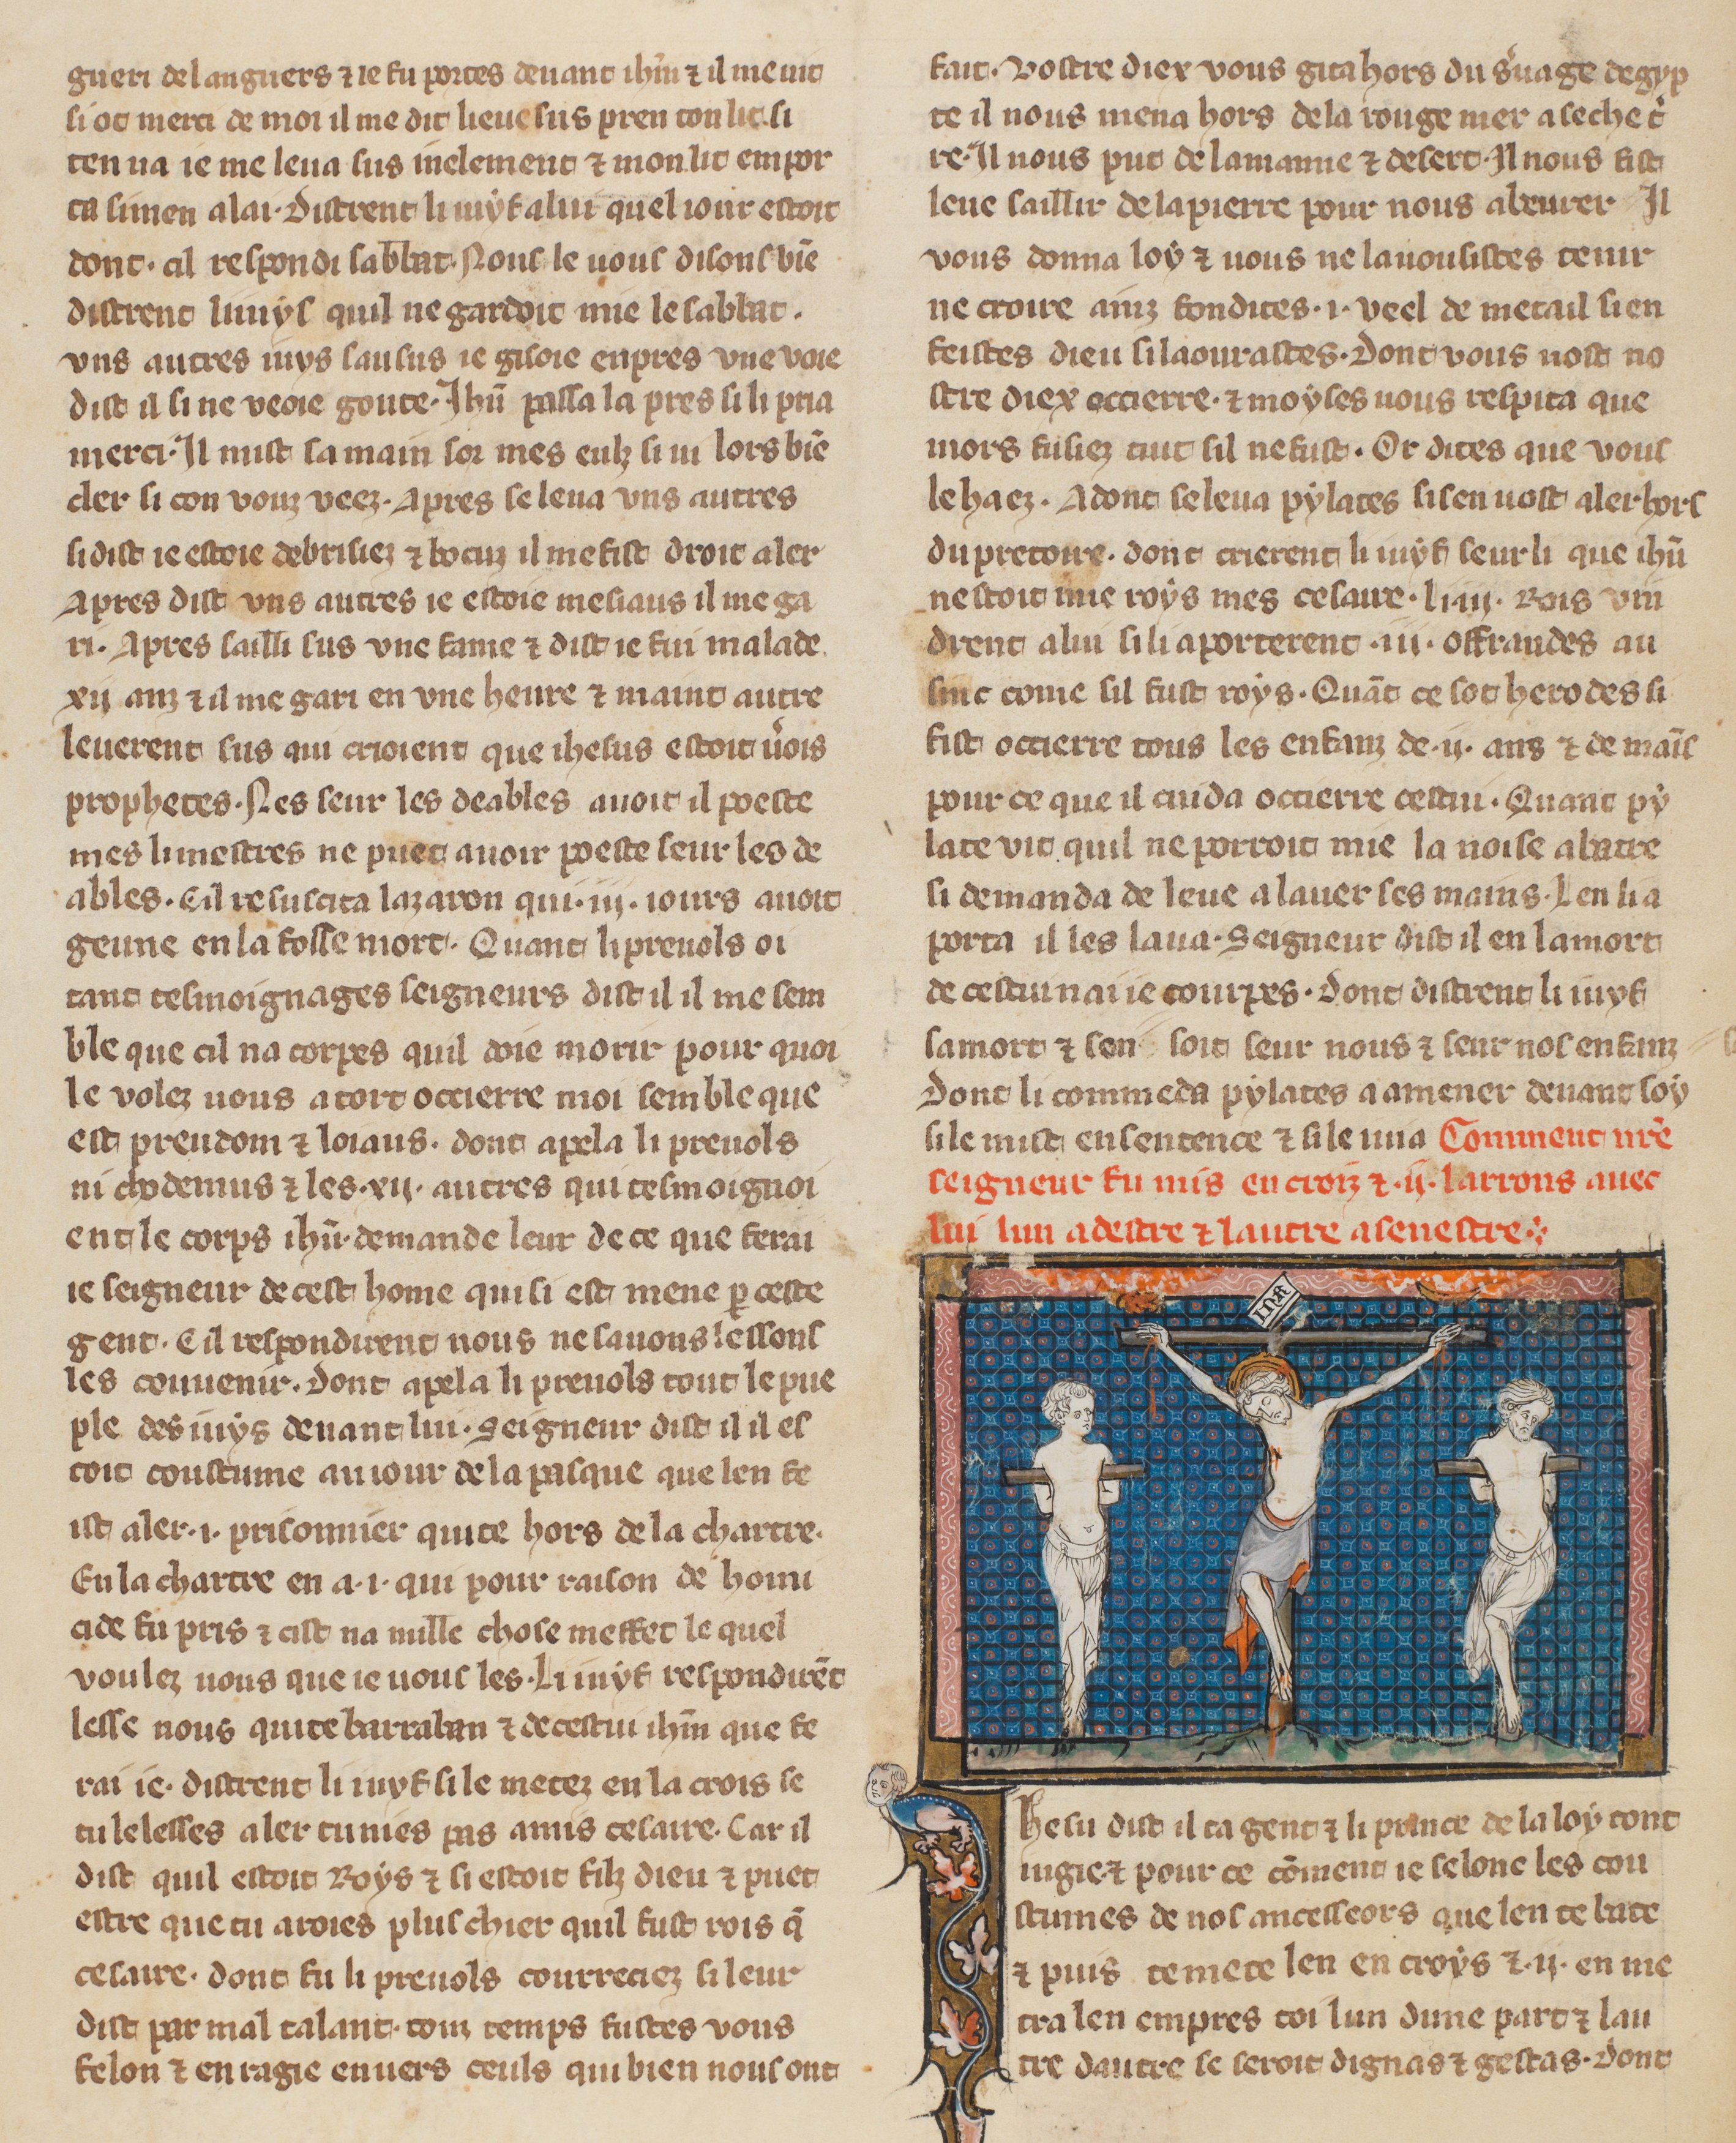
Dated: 1305–1335